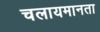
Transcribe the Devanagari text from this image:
चलायमानता